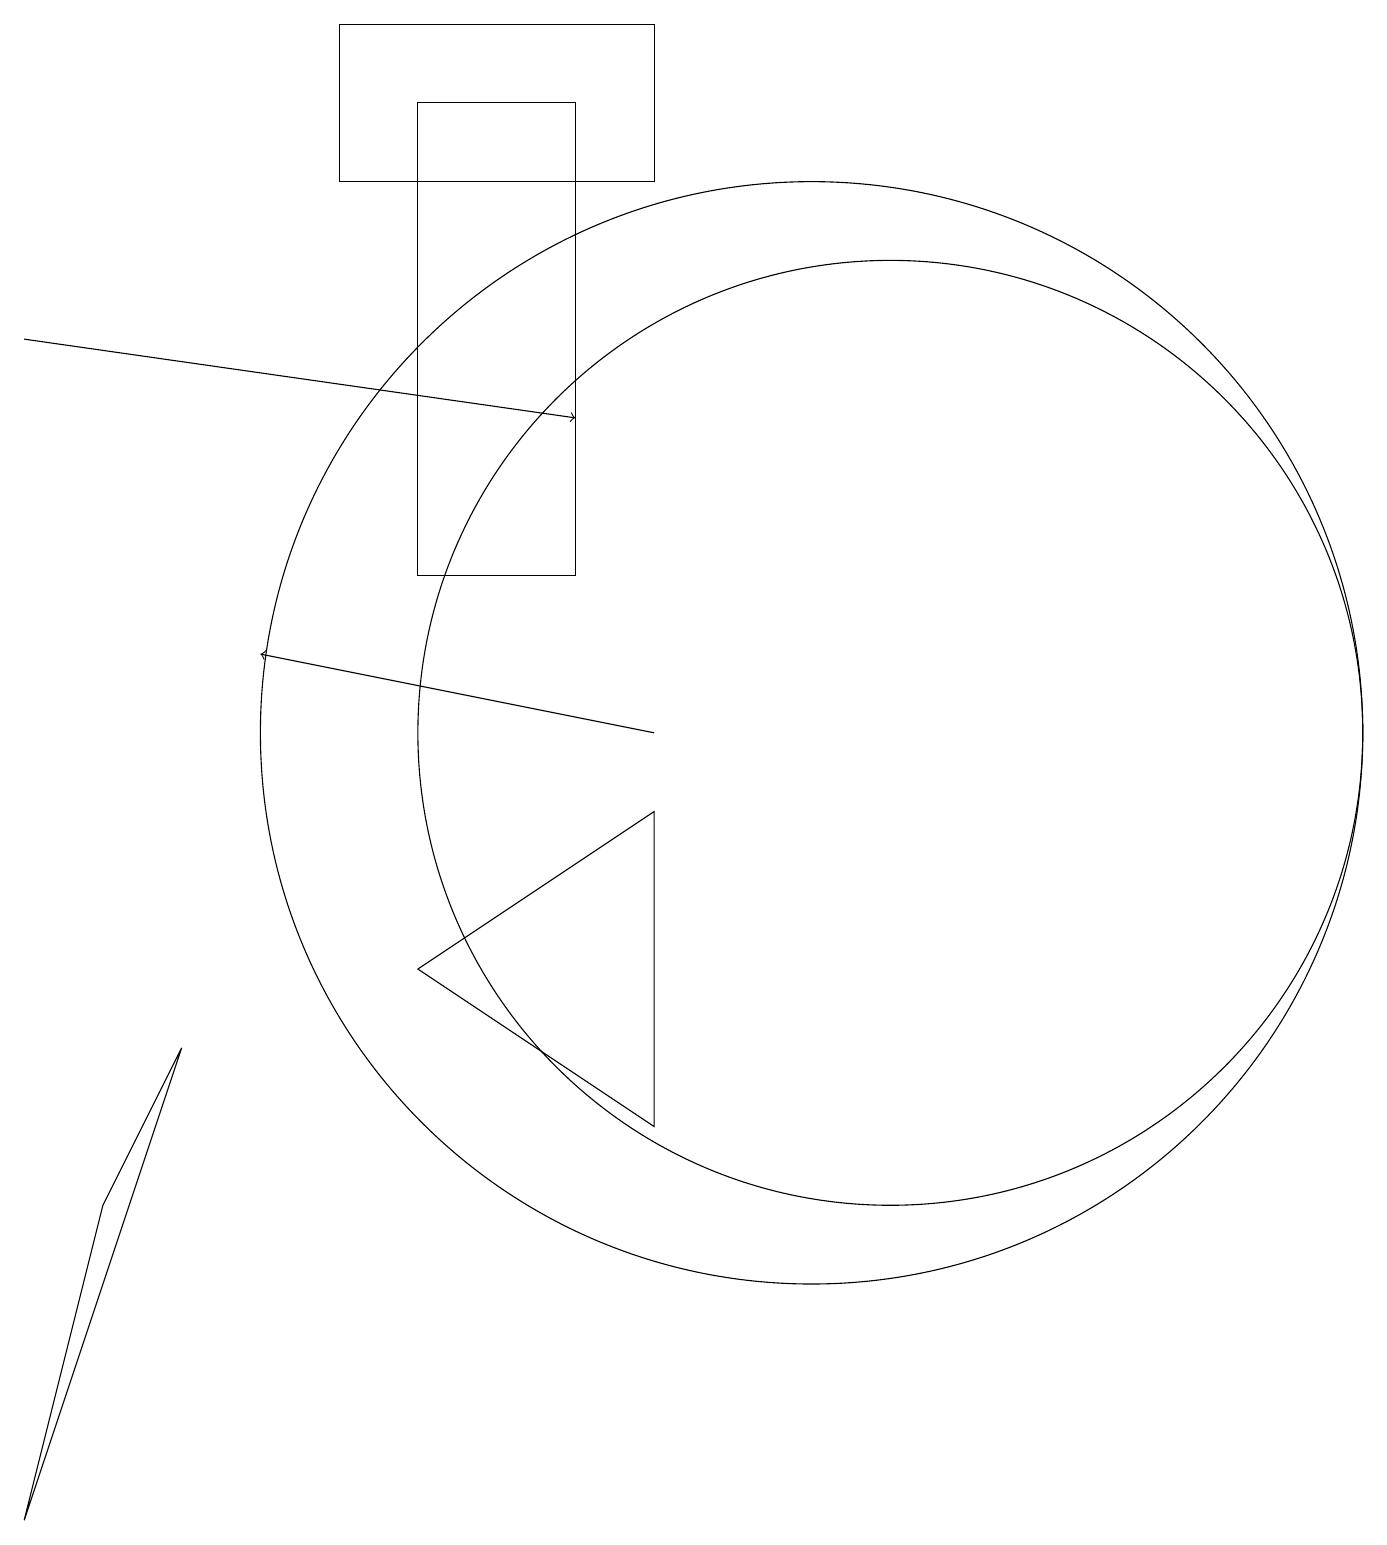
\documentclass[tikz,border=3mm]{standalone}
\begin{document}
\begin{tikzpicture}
\draw (11,10) circle (6);
\draw (5,18) rectangle (7,12);
\draw[->] (8,10) -- (3,11);
\draw[->] (0,15) -- (7,14);
\draw (8,5) -- (5,7) -- (8,9) -- cycle;
\draw (8,17) rectangle (4,19);
\draw (2,6) -- (1,4) -- (0,0) -- cycle;
\draw (10,10) circle (7);
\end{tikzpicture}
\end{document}